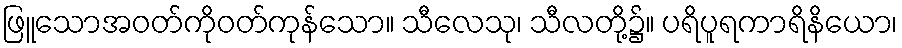
ဖြူသောအဝတ်ကိုဝတ်ကုန်သော။ သီလေသု၊ သီလတို့၌။ ပရိပူရကာရိနိယော၊